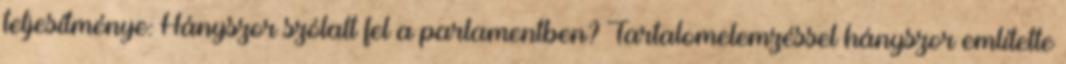
teljesítménye: Hányszor szólalt fel a parlamentben? Tartalomelemzéssel hányszor említette